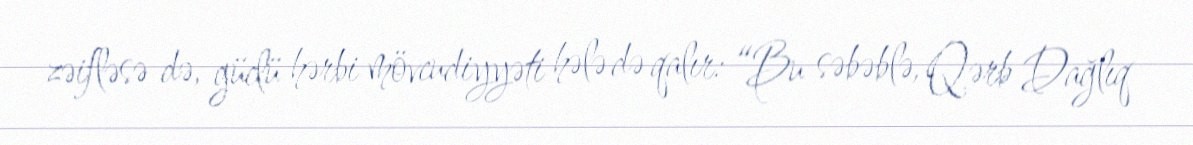
zəifləsə də, güclü hərbi mövcudiyyəti hələ də qalır: “Bu səbəblə, Qərb Dağlıq